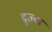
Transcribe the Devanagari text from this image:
द्रुज़्बा